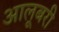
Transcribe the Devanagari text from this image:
आलूबरी